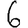
Digit: 6